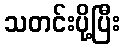
သတင်းပို့ပြီး